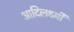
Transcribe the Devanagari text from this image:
आदिलक्ष्मी